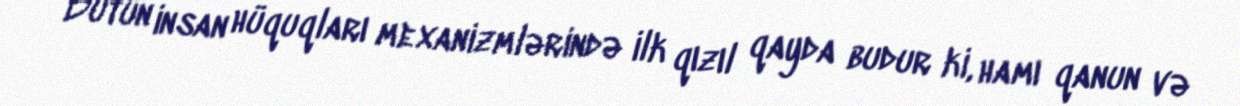
Bütün insan hüquqları mexanizmlərində ilk qızıl qayda budur ki, hamı qanun və